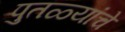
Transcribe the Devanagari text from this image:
पुतळ्यांचे